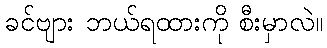
ခင်ဗျား ဘယ်ရထားကို စီးမှာလဲ။